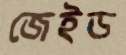
জেইড